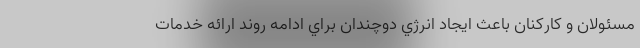
مسئولان و كاركنان باعث ايجاد انرژي دوچندان براي ادامه روند ارائه خدمات